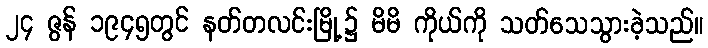
၂၄ ဇွန် ၁၉၄၅တွင် နတ်တလင်းမြို့၌ မိမိ ကိုယ်ကို သတ်သေသွားခဲ့သည်။